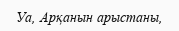
Уа, Арқанын арыстаны,